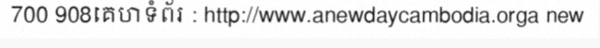
700 908គេហទំព័រ : http://www.anewdaycambodia.orga new